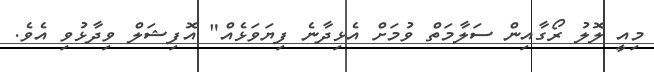
މިއީ ލޮލު ރޯގާއިން ސަލާމަތް ވުމަށް އެޅިދާނެ ފިޔަވަޅެއް" އޮފިޝަލް ވިދާޅުވި އެވެ.